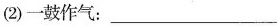
(2)一鼓作气：___